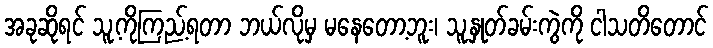
အခုဆိုရင် သူ့ကိုကြည့်ရတာ ဘယ်လိုမှ မနေတော့ဘူး၊ သူ့နှုတ်ခမ်းကွဲကို ငါသတိတောင်